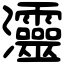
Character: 𤅷